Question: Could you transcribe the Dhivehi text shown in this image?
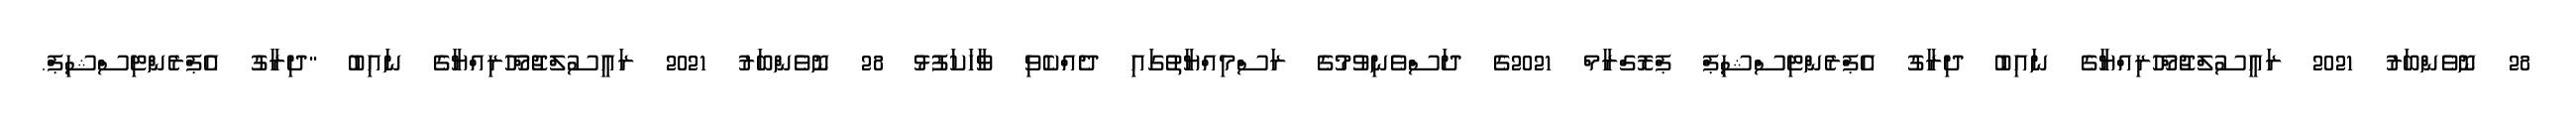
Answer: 28 ނޮވެންބަރު 2021 ރައީސުލްޖުމްހޫރިއްޔާގެ ނައިބު ދިރާގު އެޕްރެންޓިސްޝިޕް ޕްރޮގްރާމް 2021ގެ ދަސްވެނިވުމުގެ ރަސްމިއްޔާތުގައި ދެއްކެވި ވާހަކަފުޅު 28 ނޮވެންބަރު 2021 ރައީސުލްޖުމްހޫރިއްޔާގެ ނައިބު "ދިރާގު އެޕްރެންޓިސްޝިޕް.